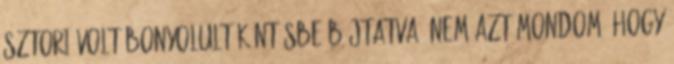
sztori volt bonyolult köntösbe bújtatva. Nem azt mondom, hogy